Civil Veterinary Dept. Assam report 1927-50 - 1927-1950
Year: 1927
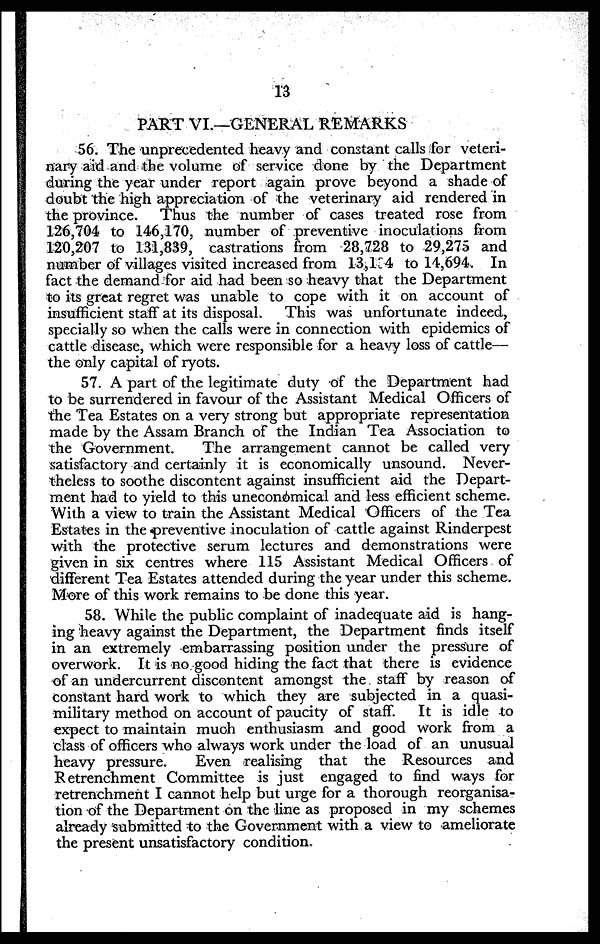
13
PART VI.—GENERAL REMARKS
56. The unprecedented heavy and constant calls for veteri-
nary aid and the volume of service done by the Department
during the year under report again prove beyond a shade of
doubt the high appreciation of the veterinary aid rendered in
the province. Thus the number of cases treated rose from
126,704 to 146,170, number of preventive inoculations from
120,207 to 131,839, castrations from 28,728 to 29,275 and
number of villages visited increased from 13,134 to 14,694. In
fact the demand for aid had been so heavy that the Department
to its great regret was unable to cope with it on account of
insufficient staff at its disposal. This was unfortunate indeed,
specially so when the calls were in connection with epidemics of
cattle disease, which were responsible for a heavy loss of cattle—
the only capital of ryots.
57. A part of the legitimate duty of the Department had
to be surrendered in favour of the Assistant Medical Officers of
the Tea Estates on a very strong but appropriate representation
made by the Assam Branch of the Indian Tea Association to
the Government.
The arrangement cannot be called very
satisfactory and certainly it is economically unsound. Never-
theless to soothe discontent against insufficient aid the Depart-
ment had to yield to this uneconomical and less efficient scheme.
With a view to train the Assistant Medical Officers of the Tea
Estates in the preventive inoculation of cattle against Rinderpest
with the protective serum lectures and demonstrations were
given in six centres where 115 Assistant Medical Officers of
different Tea Estates attended during the year under this scheme.
More of this work remains to be done this year.
58. While the public complaint of inadequate aid is hang-
ing heavy against the Department, the Department finds itself
in an extremely embarrassing position under the pressure of
overwork. It is no good hiding the fact that there is evidence
of an undercurrent discontent amongst the staff by reason of
constant hard work to which they are subjected in a quasi-
military method on account of paucity of staff. It is idle to
expect to maintain much enthusiasm and good work from a
class of officers who always work under the load of an unusual
heavy pressure.
Even realising that the Resources and
Retrenchment Committee is just engaged to find ways for
retrenchment I cannot help but urge for a thorough reorganisa-
tion of the Department on the line as proposed in my schemes
already submitted to the Government with a view to ameliorate
the present unsatisfactory condition.